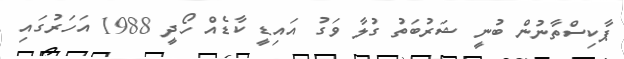
ޕާކިސްތާނުން ބުނީ ޝަރުބަތު ގުލާ ވަގު އައިޑީ ކާޑެއް ހޯދީ 1988 އަހަރުގައި